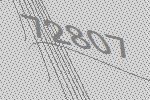
72807